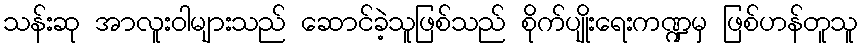
သန်းဆု အာလူးဝါများသည် ဆောင်ခဲ့သူဖြစ်သည် စိုက်ပျိုးရေးကဏ္ဍမှ ဖြစ်ဟန်တူသူ